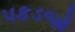
પકડજો